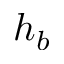
h _ { b }